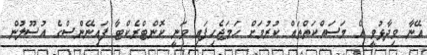
އޭނާ ވިދާޅުވީ އެ މަސައްކަތްތައް ކުރުމަށް ހަމަޖެހިފައި ވަނީ ކޮންޓްރެކްޓާ ފައިނޭންސްގެ އުސޫލުން